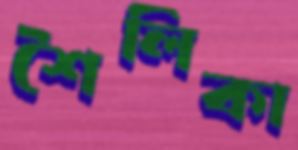
শৈলিকা